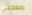
معجبي